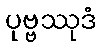
ပုဗ္ဗဿုဒံ